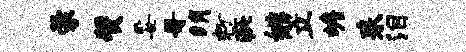
蒙赞妥哥绡粉疵姚笠蟾耒泪